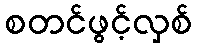
စတင်ဖွင့်လှစ်